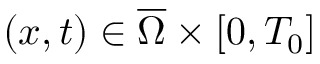
( x , t ) \in \overline { { \Omega } } \times [ 0 , T _ { 0 } ]